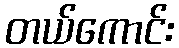
တယ်ကောင်း